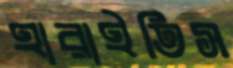
হারাইতিস